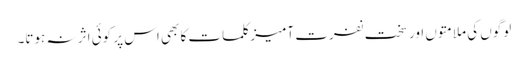
لوگوں کی ملامتوں اور سخت نفرت آمیز کلمات کا بھی اس پر کوئی اثر نہ ہوتا۔